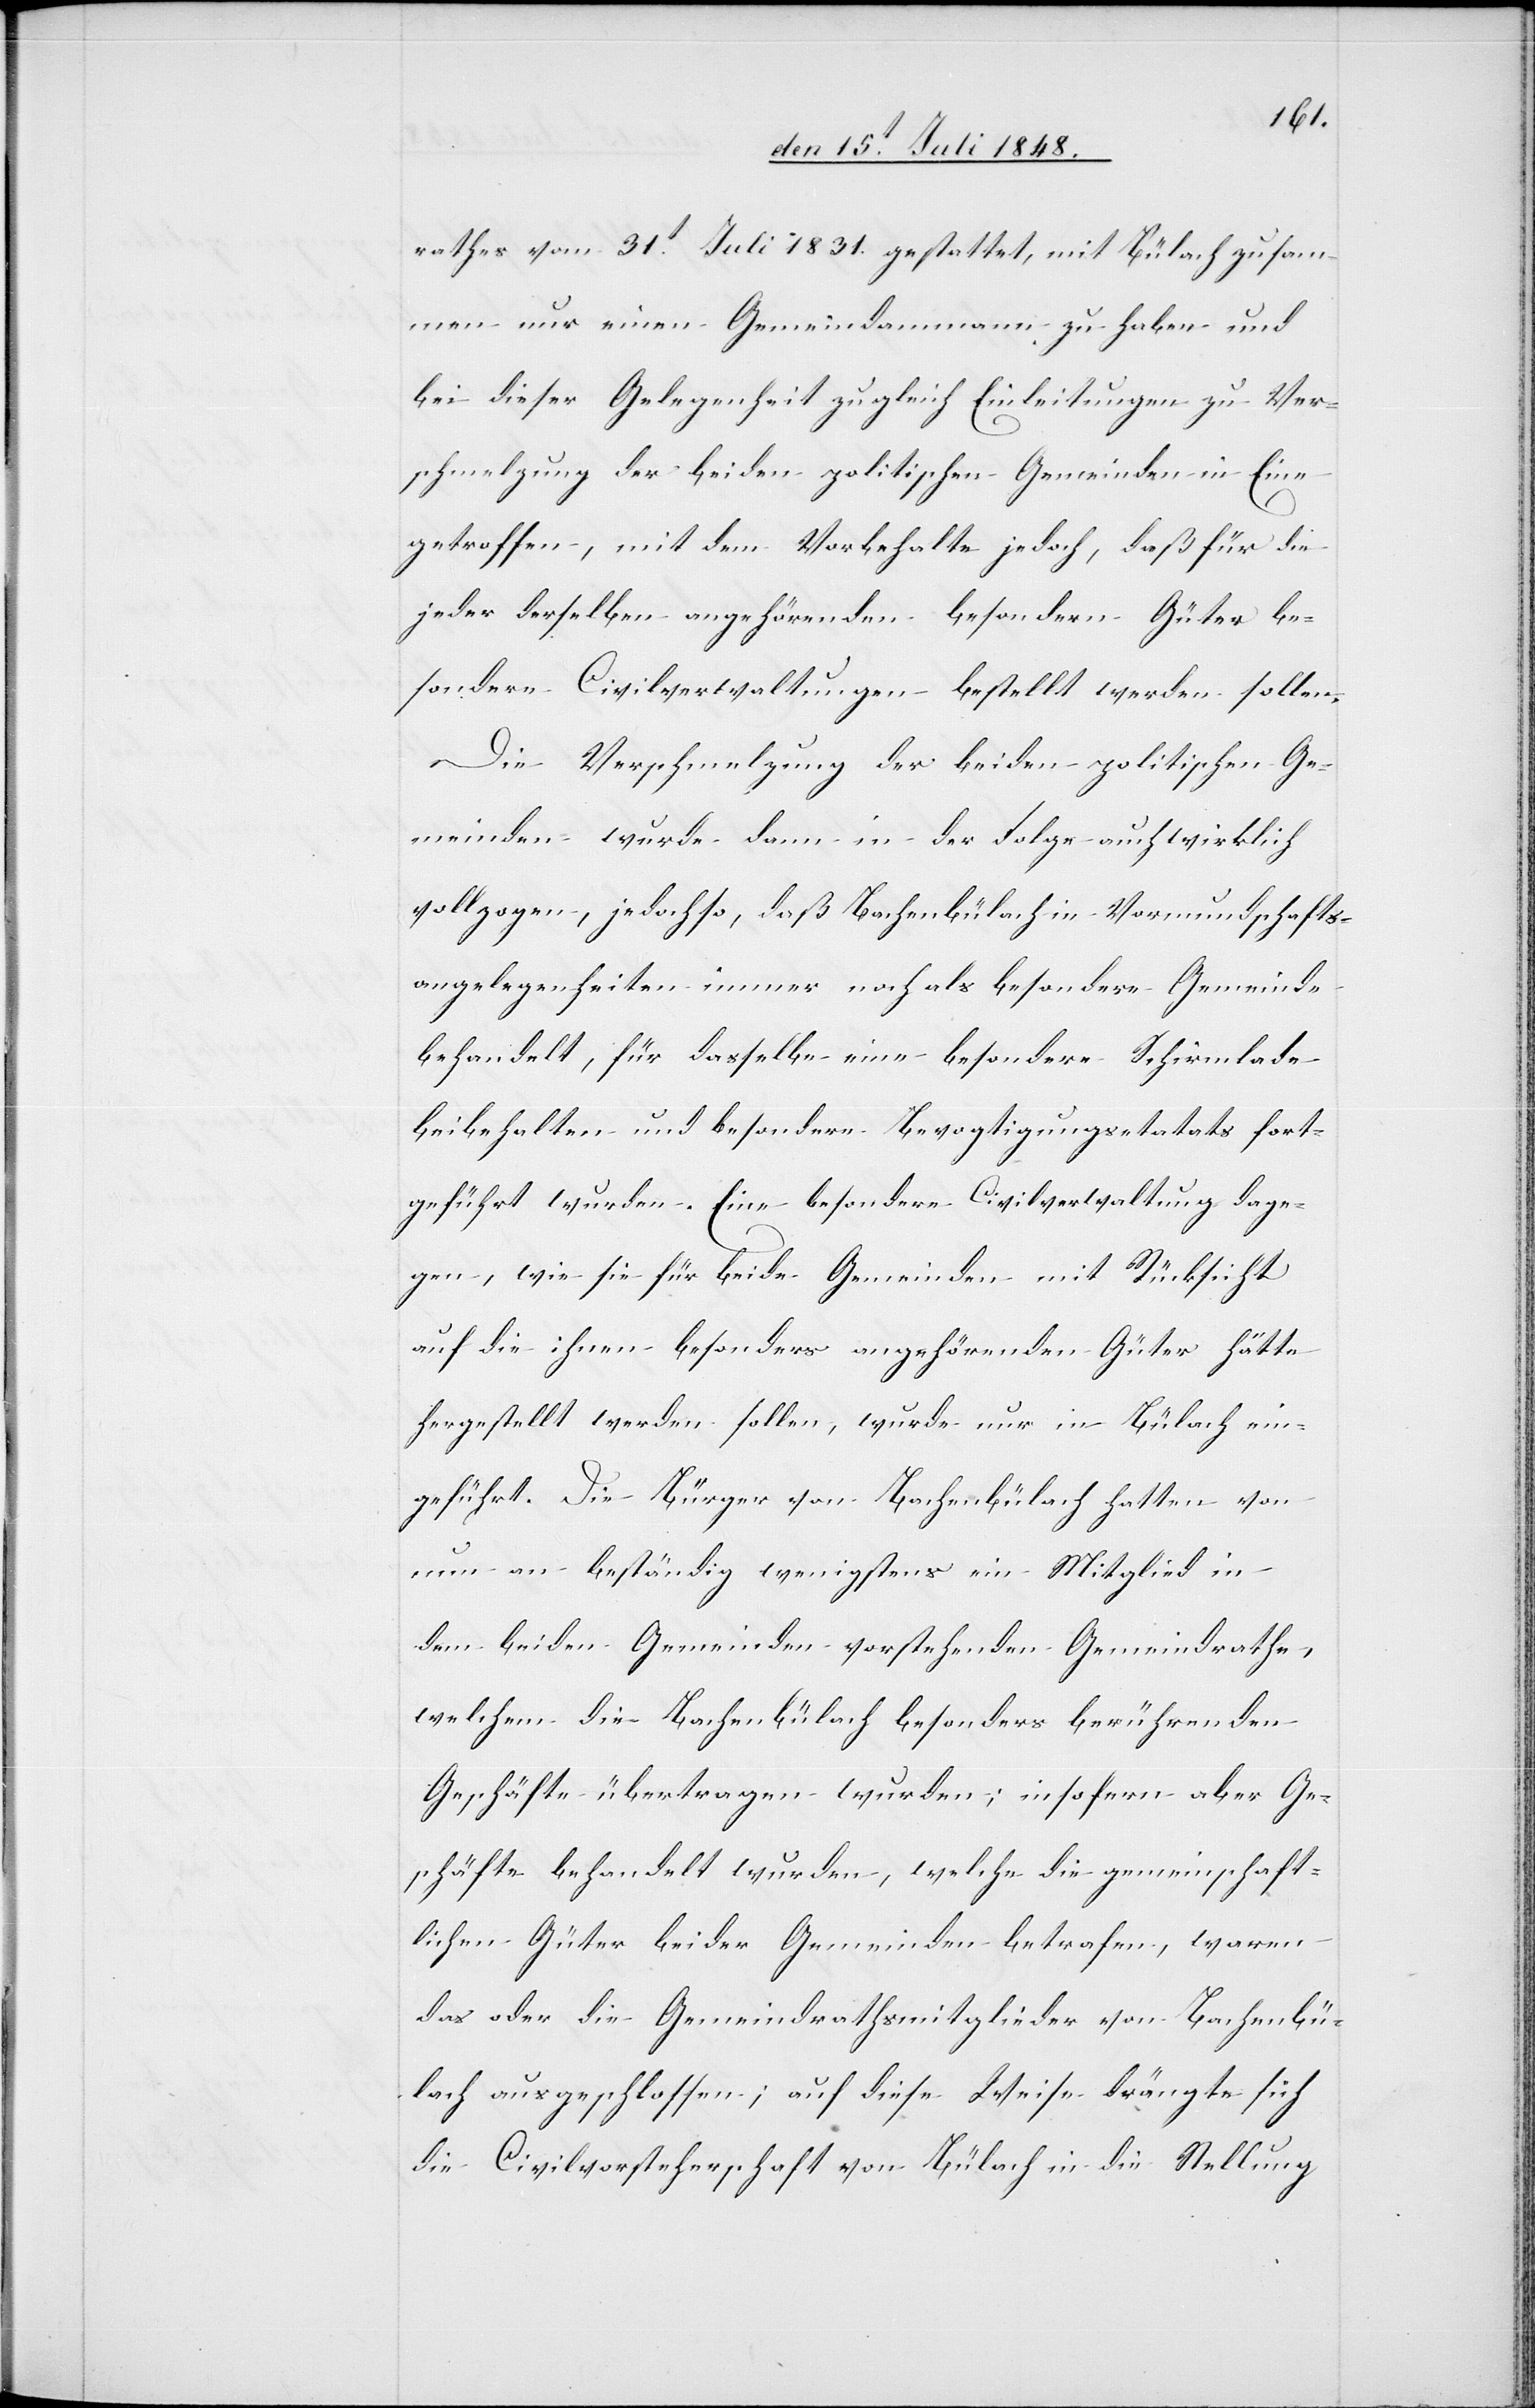
rathes vom 31t Juli 1831. gestattet, mit Bülach zusam¬
men nur einen Gemeindammann zu haben und
bei dieser Gelegenheit zugleich Einleitungen zu Ver¬
schmelzung der beiden politischen Gemeinden in Eine
getroffen, mit dem Vorbehalte jedoch, daß für die
jeder derselben angehörenden besondern Güter be¬
sondere Civilverwaltungen bestellt werden sollten.
Die Verschmelzung der beiden politischen Ge¬
meinden wurde dann in der Folge auch wirklich
vollzogen, jedoch so, daß Bachenbülach in Vormundschafts¬
angelegenheiten immer noch als besondere Gemeinde
behandelt, für dasselbe eine besondere Schirmlade
beibehalten und besondere Bevogtigungsetats fort¬
geführt wurden. Eine besondere Civilverwaltung dage¬
gen, wie sie für beide Gemeinden mit Rücksicht
auf die ihnen besonders angehörenden Güter hätte
hergestellt werden sollen, wurde nur in Bülach ein¬
geführt. Die Bürger von Bachenbülach hatten von
nun an beständig wenigstens ein Mitglied in
dem beiden Gemeinden vorstehenden Gemeindrathe,
welchem die Bachenbülach besonders berührenden
Geschäfte übertragen wurden; insofern aber Ge¬
schäfte behandelt wurden, welche die gemeinschaft¬
lichen Güter beider Gemeinden betrafen, waren
das oder die Gemeindrathsmitglieder von Bachenbü¬
lach ausgeschlossen; auf diese Weise drängte sich
die Civilvorsteherschaft von Bülach in die Stellung